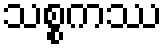
သစ္စကဿ